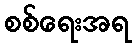
စစ်ရေးအရ